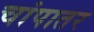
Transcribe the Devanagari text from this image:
चांपातर